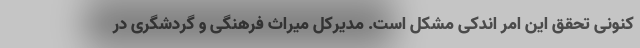
کنونی تحقق این امر اندکی مشکل است. مدیرکل میراث فرهنگی و گردشگری در